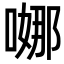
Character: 𭉺